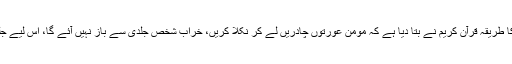
اسے سامنے لانے کا طریقہ قرآن کریم نے بتا دیا ہے کہ مومن عورتوں چادریں لے کر نکلا کریں، خراب شخص جلدی سے باز نہیں آئے گا، اس لیے جلد ہی پکڑا جائے گا۔